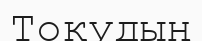
Тоқудың